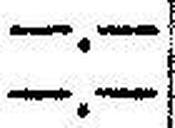
—.—